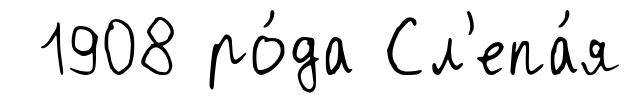
1908 ро́да Сл'епа́я